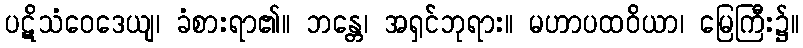
ပဋိသံဝေဒေယျ၊ ခံစားရာ၏။ ဘန္တေ၊ အရှင်ဘုရား။ မဟာပထဝိယာ၊ မြေကြီး၌။